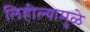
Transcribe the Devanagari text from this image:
लिहील्यामुळे